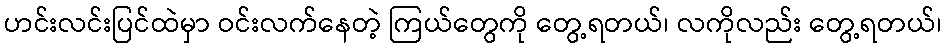
ဟင်းလင်းပြင်ထဲမှာ ဝင်းလက်နေတဲ့ ကြယ်တွေကို တွေ့ရတယ်၊ လကိုလည်း တွေ့ရတယ်၊